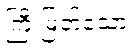
ကြီးမြတ်သော